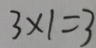
3 \times 1 = 3